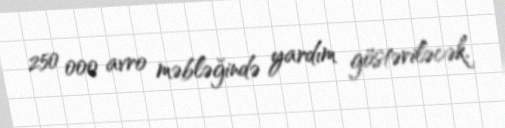
250 000 avro məbləğində yardım göstəriləcək.